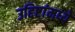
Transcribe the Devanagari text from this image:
उद्दिष्टांमध्ये